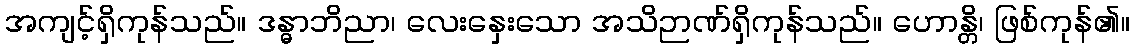
အကျင့်ရှိကုန်သည်။ ဒန္ဓာဘိညာ၊ လေးနှေးသော အသိဉာဏ်ရှိကုန်သည်။ ဟောန္တိ၊ ဖြစ်ကုန်၏။